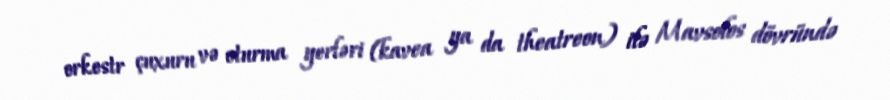
orkestr çuxuru və oturma yerləri (kavea ya da theatreon) ilə Mavsolos dövründə